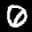
Label: 0